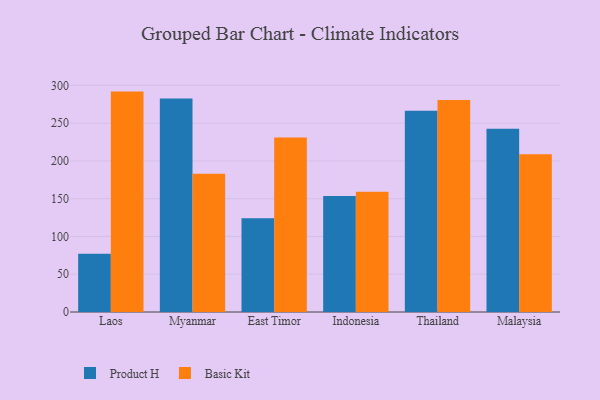
{"axis": {"x": "Country", "y": "Humidity (%)"}, "legend": ["Basic Kit", "Product H"], "data": [{"x": "Laos", "y": 77.2, "type": "Product H"}, {"x": "Laos", "y": 291.8, "type": "Basic Kit"}, {"x": "Myanmar", "y": 282.8, "type": "Product H"}, {"x": "Myanmar", "y": 183.1, "type": "Basic Kit"}, {"x": "East Timor", "y": 124.0, "type": "Product H"}, {"x": "East Timor", "y": 231.0, "type": "Basic Kit"}, {"x": "Indonesia", "y": 153.7, "type": "Product H"}, {"x": "Indonesia", "y": 159.3, "type": "Basic Kit"}, {"x": "Thailand", "y": 266.6, "type": "Product H"}, {"x": "Thailand", "y": 280.8, "type": "Basic Kit"}, {"x": "Malaysia", "y": 242.7, "type": "Product H"}, {"x": "Malaysia", "y": 208.7, "type": "Basic Kit"}]}